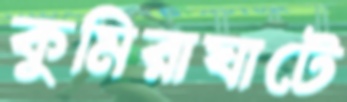
কুমিরাঘাটে